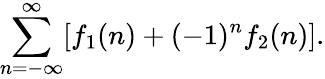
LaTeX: \sum_{n=-\infty}^{\infty}[f_{1}(n)+(-1)^{n}f_{2}(n)].